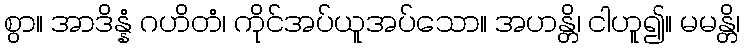
စွာ။ အာဒိန္နံ ဂဟိတံ၊ ကိုင်အပ်ယူအပ်သော။ အဟန္တိ၊ ငါဟူ၍။ မမန္တိ၊